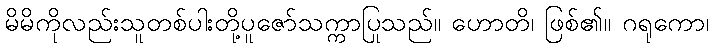
မိမိကိုလည်းသူတစ်ပါးတို့ပူဇော်သက္ကာပြုသည်။ ဟောတိ၊ ဖြစ်၏။ ဂရုကော၊